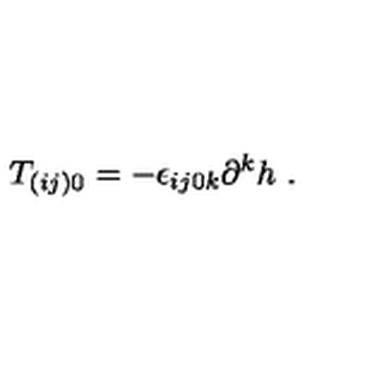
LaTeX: T _ { ( i j ) 0 } = - \epsilon _ { i j 0 k } { } \partial ^ { k } h \ .